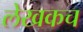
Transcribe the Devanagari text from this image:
लेखकच